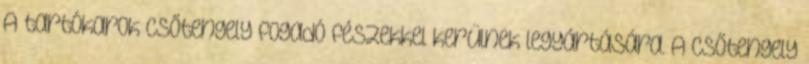
A tartókarok csőtengely fogadó fészekkel kerülnek legyártására. A csőtengely